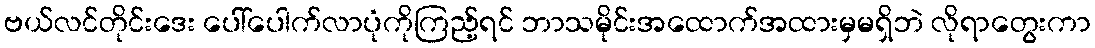
ဗယ်လင်တိုင်းဒေး ပေါ်ပေါက်လာပုံကိုကြည့်ရင် ဘာသမိုင်းအထောက်အထားမှမရှိဘဲ လိုရာတွေးကာ